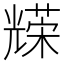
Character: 𠓅